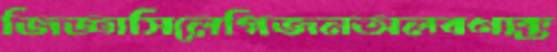
জিজ্ঞাসিলেগিজনঅলবণাক্ত